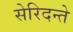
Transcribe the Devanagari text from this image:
सेरिदन्ते